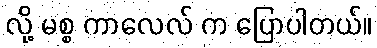
လို့ မစ္စ ကာလေလ် က ပြောပါတယ်။